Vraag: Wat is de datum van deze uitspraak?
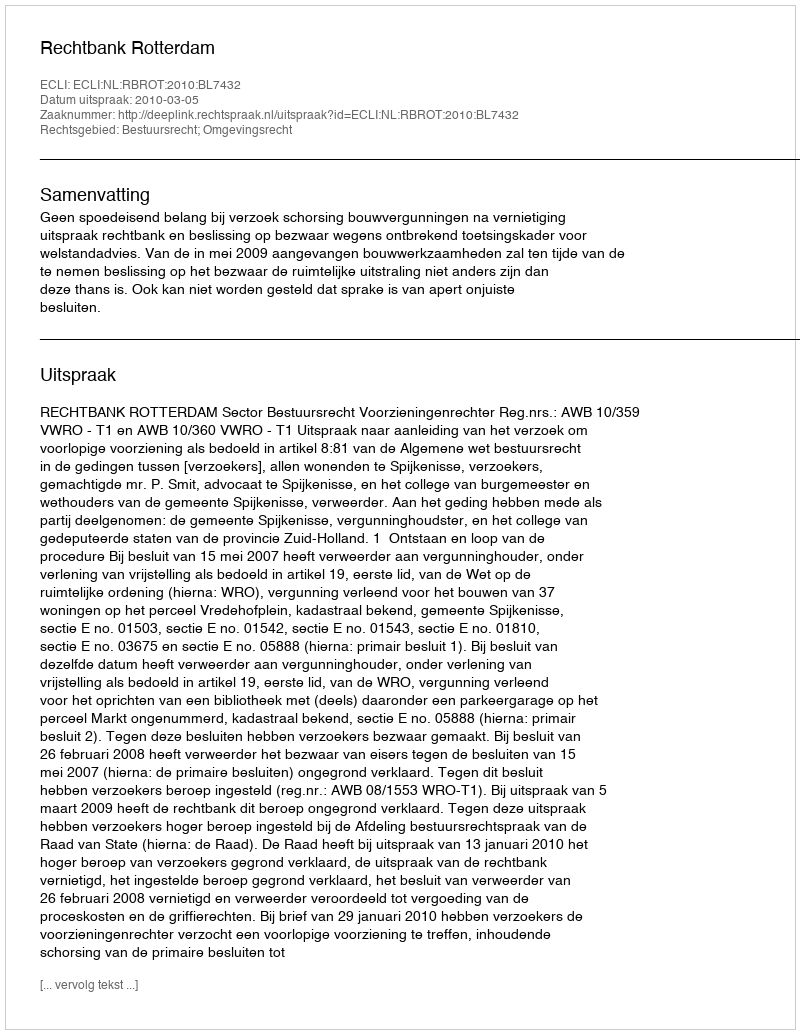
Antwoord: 2010-03-05